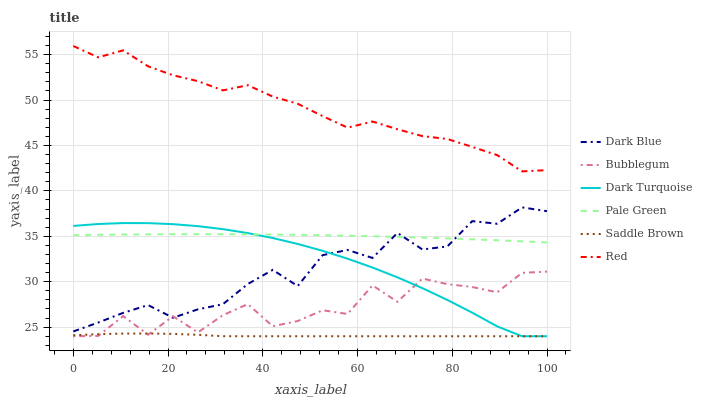
| xaxis_label | Dark Blue | Bubblegum | Dark Turquoise | Pale Green | Saddle Brown | Red |
 | --- | --- | --- | --- | --- | --- | --- |
 | 0 | 24.5 | 24 | 36.1 | 35.1 | 24.1 | 55.9 |
 | 5.26 | 25.5 | 24 | 36.4 | 35.2 | 24.2 | 54.7 |
 | 10.5 | 26.6 | 26.2 | 36.5 | 35.2 | 24.3 | 55.5 |
 | 15.8 | 27.4 | 24.2 | 36.5 | 35.2 | 24.3 | 53.7 |
 | 21.1 | 26 | 26.2 | 36.3 | 35.2 | 24.3 | 52.7 |
 | 26.3 | 27 | 24.4 | 36.1 | 35.2 | 24.2 | 52.1 |
 | 31.6 | 27.5 | 26.3 | 35.8 | 35.2 | 24 | 51.1 |
 | 36.8 | 29.8 | 27.5 | 35.4 | 35.2 | 24 | 51.6 |
 | 42.1 | 31.3 | 25.1 | 34.8 | 35.2 | 24 | 50.4 |
 | 47.4 | 29.5 | 25.7 | 34.2 | 35.2 | 24 | 49.6 |
 | 52.6 | 32.9 | 26.9 | 33.4 | 35.1 | 24 | 48.2 |
 | 57.9 | 33.5 | 26.5 | 32.5 | 35.1 | 24 | 47 |
 | 63.2 | 32.6 | 29.6 | 31.6 | 35 | 24 | 47.6 |
 | 68.4 | 35.4 | 27.8 | 30.5 | 34.9 | 24 | 46.8 |
 | 73.7 | 33.6 | 30.4 | 29.3 | 34.9 | 24 | 46 |
 | 78.9 | 33.9 | 29.7 | 28 | 34.8 | 24 | 45.7 |
 | 84.2 | 36.7 | 29.4 | 26.6 | 34.7 | 24 | 44.8 |
 | 89.5 | 36.4 | 28.8 | 25.1 | 34.6 | 24 | 43.9 |
 | 94.7 | 38.2 | 31 | 24 | 34.4 | 24 | 42.1 |
 | 100 | 37.8 | 31.1 | 24 | 34.3 | 24 | 42.3 |